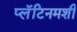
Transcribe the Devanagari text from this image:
प्लॅटिनमशी